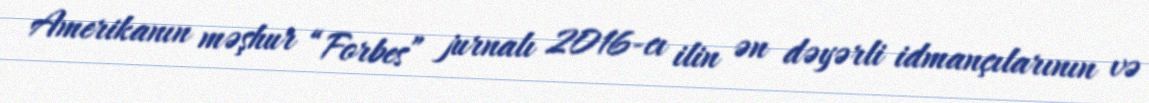
Amerikanın məşhur “Forbes” jurnalı 2016-cı ilin ən dəyərli idmançılarının və